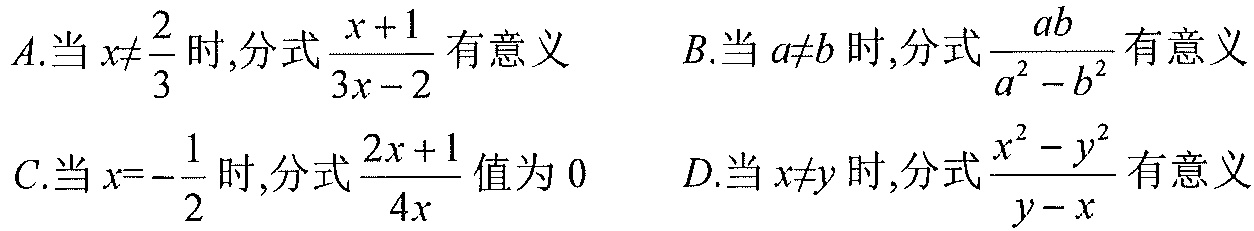
A.当\(x\neq\frac{2}{3}\)时,分式\(\frac{x + 1}{3x - 2}\)有意义
B.当\(a\neq b\)时,分式\(\frac{ab}{a^{2}-b^{2}}\)有意义
C.当\(x = -\frac{1}{2}\)时,分式\(\frac{2x + 1}{4x}\)值为\(0\)
D.当\(x\neq y\)时,分式\(\frac{x^{2}-y^{2}}{y - x}\)有意义